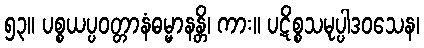
၅၃။ ပစ္စယပ္ပဝတ္တာနံဓမ္မာနန္တိ၊ ကား။ ပဋိစ္စသမုပ္ပါဒဝသေန၊